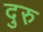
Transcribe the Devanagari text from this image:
दुरु